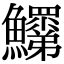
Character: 𩽞